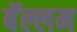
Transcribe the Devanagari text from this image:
बॅल्लम